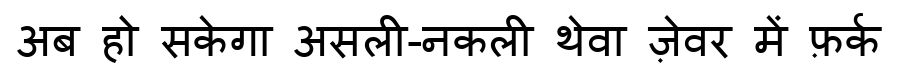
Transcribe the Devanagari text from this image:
अब हो सकेगा असली-नकली थेवा ज़ेवर में फ़र्क